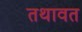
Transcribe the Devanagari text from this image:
तथावत